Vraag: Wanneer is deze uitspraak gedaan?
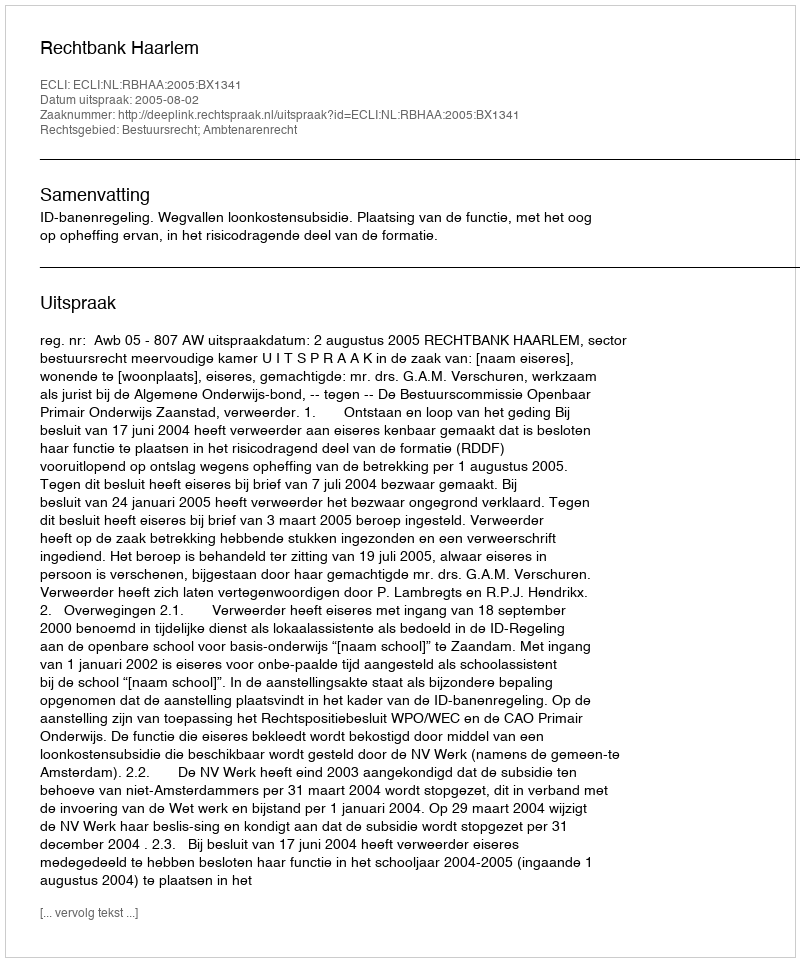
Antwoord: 2005-08-02